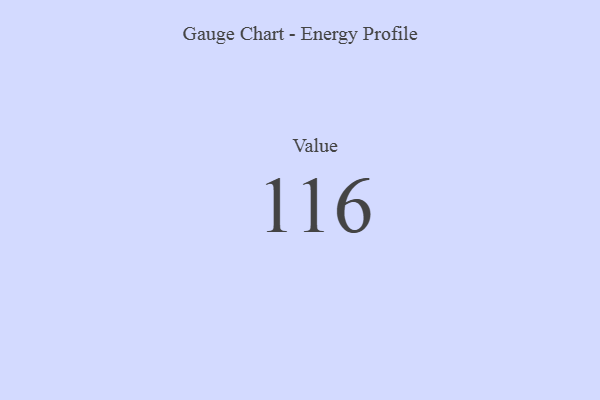
{"axis": {"x": "Metric", "y": "Value"}, "legend": [""], "data": [{"x": "Value", "y": 116, "type": ""}]}